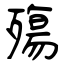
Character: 殤